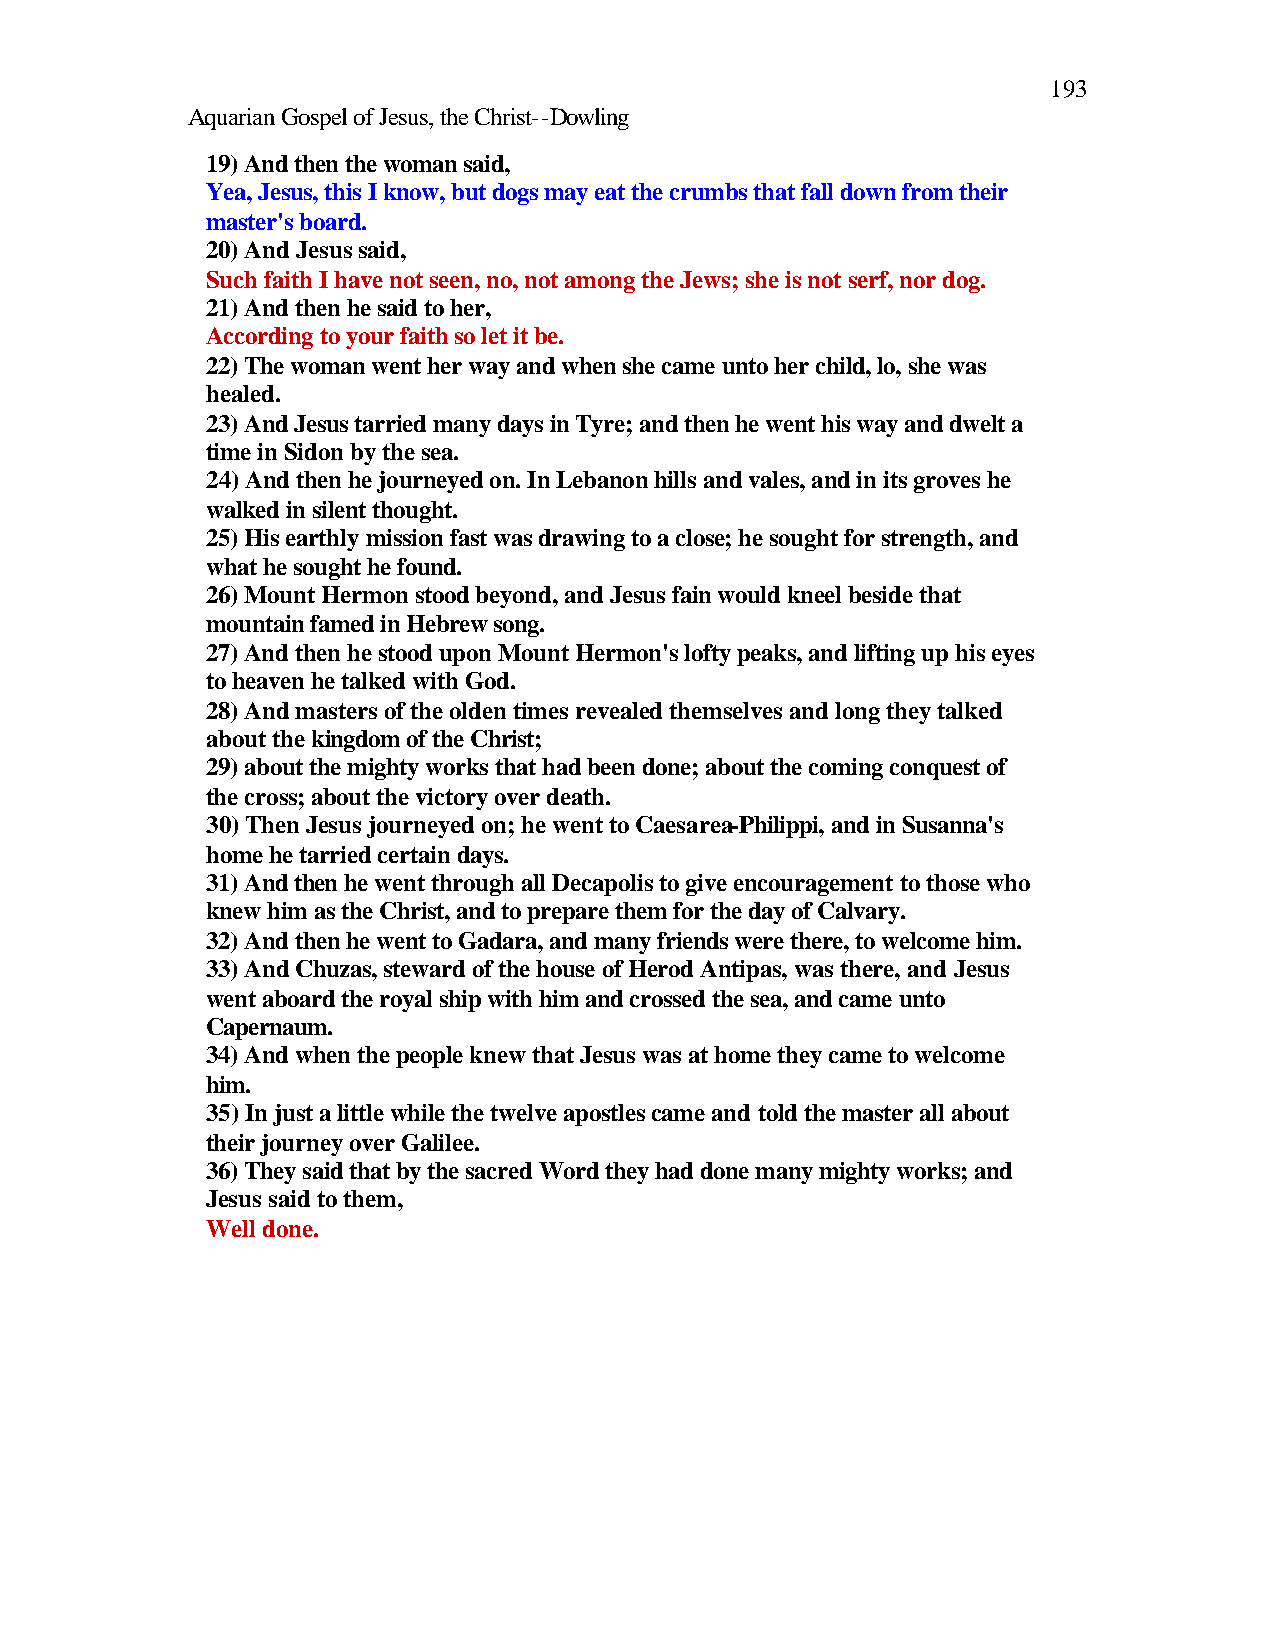
193
 Aquarian Gospel of Jesus, the Christ--Dowling
 19) And then the woman said,
 Yea, Jesus, this I know, but dogs may eat the crumbs that fall down from their
 master's board.
 20) And Jesus said,
 Such faith I have not seen, no, not among the Jews; she is not serf, nor dog.
 21) And then he said to her,
 According to your faith so let it be.
 22) The woman went her way and when she came unto her child, lo, she was
 healed.
 23) And Jesus tarried many days in Tyre; and then he went his way and dwelt a
 time in Sidon by the sea.
 24) And then he journeyed on. In Lebanon hills and vales, and in its groves he
 walked in silent thought.
 25) His earthly mission fast was drawing to a close; he sought for strength, and
 what he sought he found.
 26) Mount Hermon stood beyond, and Jesus fain would kneel beside that
 mountain famed in Hebrew song.
 27) And then he stood upon Mount Hermon's lofty peaks, and lifting up his eyes
 to heaven he talked with God.
 28) And masters of the olden times revealed themselves and long they talked
 about the kingdom of the Christ;
 29) about the mighty works that had been done; about the coming conquest of
 the cross; about the victory over death.
 30) Then Jesus journeyed on; he went to Caesarea-Philippi, and in Susanna's
 home he tarried certain days.
 31) And then he went through all Decapolis to give encouragement to those who
 knew him as the Christ, and to prepare them for the day of Calvary.
 32) And then he went to Gadara, and many friends were there, to welcome him.
 33) And Chuzas, steward of the house of Herod Antipas, was there, and Jesus
 went aboard the royal ship with him and crossed the sea, and came unto
 Capernaum.
 34) And when the people knew that Jesus was at home they came to welcome
 him.
 35) In just a little while the twelve apostles came and told the master all about
 their journey over Galilee.
 36) They said that by the sacred Word they had done many mighty works; and
 Jesus said to them,
 Well done.